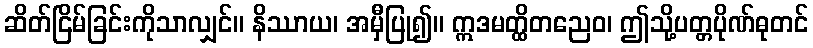
ဆိတ်ငြိမ်ခြင်းကိုသာလျှင်။ နိဿာယ၊ အမှီပြု၍။ ဣဒမတ္ထိတညေဝ၊ ဤသို့ပတ္တပိုဏ်ဓုတင်